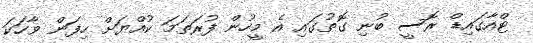
ޓްއާގައިޑް ރޮސީ ބުނި ގޮތުގައި އެ މީހުން ފުރަތަމަ ކުއްޔަށް ހިފަން ވާހަކަ